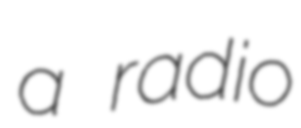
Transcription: a radio